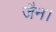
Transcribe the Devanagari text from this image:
जैन।